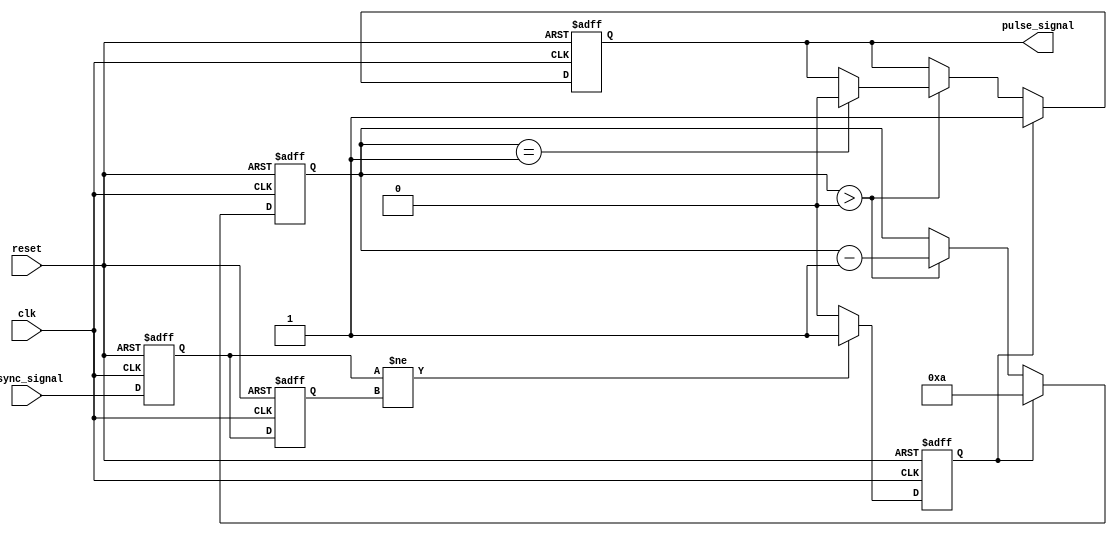
module metastability_detector (
    input wire clk,               // Local clock
    input wire async_signal,      // Asynchronous input signal
    input wire reset,             // Reset signal
    output reg pulse_signal        // Output pulse signal indicating metastability
);

// Internal signals
reg async_ff1;                  // First flip-flop output
reg async_ff2;                  // Second flip-flop output
reg metastable_condition;       // Flag for metastability condition
reg [3:0] pulse_counter;        // Counter for pulse width control

// Parameters for pulse width
parameter PULSE_WIDTH = 4'd10;  // Adjust this value for desired pulse width

// Flip-flops for sampling the asynchronous signal
always @(posedge clk or posedge reset) begin
    if (reset) begin
        async_ff1 <= 1'b0;
        async_ff2 <= 1'b0;
    end else begin
        async_ff1 <= async_signal; // Sample input signal
        async_ff2 <= async_ff1;    // Sample output of first flip-flop
    end
end

// Detect metastability condition
always @(posedge clk or posedge reset) begin
    if (reset) begin
        metastable_condition <= 1'b0;
    end else begin
        // Check for disagreement between the two flip-flops
        if (async_ff1 != async_ff2) begin
            metastable_condition <= 1'b1; // Metastability detected
        end else begin
            metastable_condition <= 1'b0; // No metastability
        end
    end
end

// Pulse generation logic
always @(posedge clk or posedge reset) begin
    if (reset) begin
        pulse_signal <= 1'b0;
        pulse_counter <= 4'd0; // Reset pulse counter
    end else if (metastable_condition) begin
        pulse_signal <= 1'b1; // Start pulse
        pulse_counter <= PULSE_WIDTH; // Load pulse width
    end else if (pulse_counter > 0) begin
        pulse_counter <= pulse_counter - 1'b1; // Decrement pulse counter
        if (pulse_counter == 1) begin
            pulse_signal <= 1'b0; // End pulse
        end
    end
end

endmodule